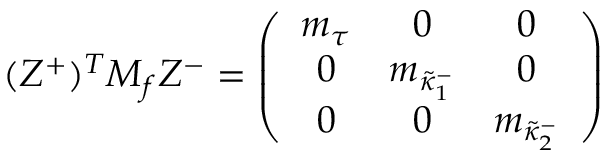
( Z ^ { + } ) ^ { T } { \cal M } _ { f } Z ^ { - } = \left( \begin{array} { c c c } { { m _ { \tau } } } & { { 0 } } & { { 0 } } \\ { { 0 } } & { { m _ { \tilde { \kappa } _ { 1 } ^ { - } } } } & { { 0 } } \\ { { 0 } } & { { 0 } } & { { m _ { \tilde { \kappa } _ { 2 } ^ { - } } } } \end{array} \right)